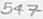
Text: 547